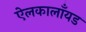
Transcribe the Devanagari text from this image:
ऐलकालाँयड